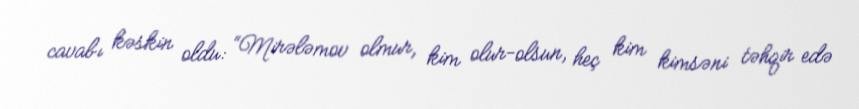
cavabı kəskin oldu: “Mirələmov olmur, kim olur-olsun, heç kim kimsəni təhqir edə